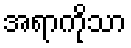
အရာကိုသာ